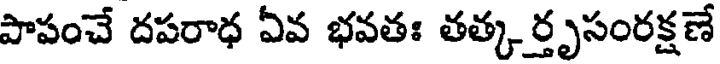
పాపంచే దపరాధ ఏవ భవతః తత్కర్తృసంరక్షణే